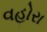
વહોરા